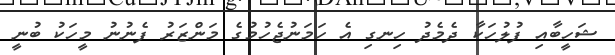
ޝަހީބާއި ފުލުހަކާ ދެމެދު ހިނގި އެ ހަމަނުޖެހުމުގެ މަންޒަރު ފެނުނު މީހަކު ބުނީ